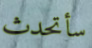
سأتحدث